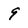
Character: 9